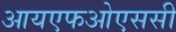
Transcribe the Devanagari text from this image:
आयएफओएससी